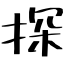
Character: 探